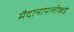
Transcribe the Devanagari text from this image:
मैदानापलीकडे